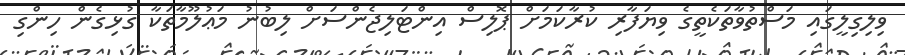
ވިލިގިލީގައި މަސްތުވާތަކެތީގެ ވިޔަފާރި ކުރާކަމަށް ޕޮލިސް އިންޓަލިޖެންސަށް ލިބުނު މަޢުލޫމާތަކާ ގުޅިގެން ހިންގި